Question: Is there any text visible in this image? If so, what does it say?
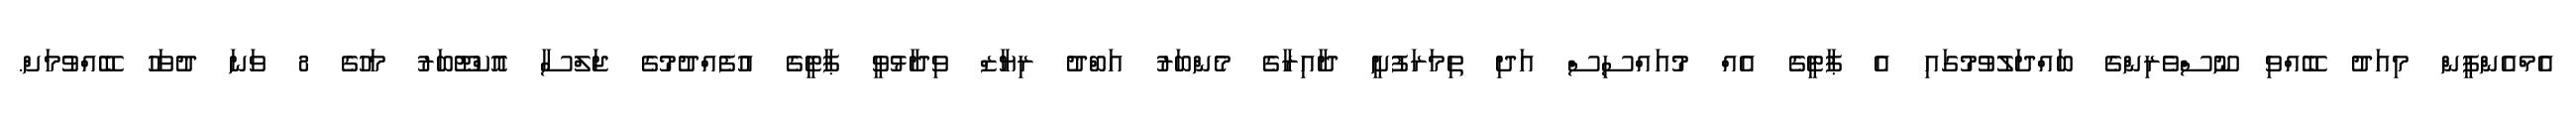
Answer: އެމްއެންޕީން މިއަދު ބޭއްވި ނޫސްވެރިންގެ ބައްދަލުވުމުގައި އެ ޕާޓީގެ އެއް މުއައްސިސް އަދި ތިމަރަފުށީ ދާއިރާގެ މެންބަރު އަބްދު ރިޔާޒް ވިދާޅުވީ ޕާޓީގެ އުފެއްދުމުގެ ޖަލްސާ އޮކްޓޫބަރު މަހުގެ 8 ވަނަ ދުވަހު ބޭއްވުމަށް.